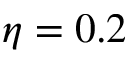
\eta = 0 . 2